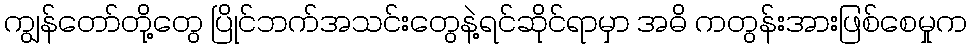
ကျွန်တော်တို့တွေ ပြိုင်ဘက်အသင်းတွေနဲ့ရင်ဆိုင်ရာမှာ အဓိ ကတွန်းအားဖြစ်စေမှုက